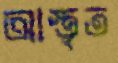
আস্তৃত